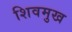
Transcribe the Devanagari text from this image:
शिवमुख